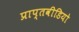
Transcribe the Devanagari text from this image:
प्राप्तवीडियो